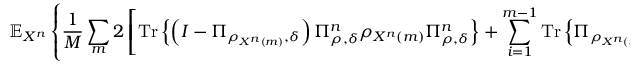
\mathbb { E } _ { X ^ { n } } \left\{ { \frac { 1 } { M } } \sum _ { m } 2 \left[ { \mathrm { T r } } \left\{ \left( I - \Pi _ { \rho _ { X ^ { n } \left( m \right) } , \delta } \right) \Pi _ { \rho , \delta } ^ { n } \rho _ { X ^ { n } \left( m \right) } \Pi _ { \rho , \delta } ^ { n } \right\} + \sum _ { i = 1 } ^ { m - 1 } { \mathrm { T r } } \left\{ \Pi _ { \rho _ { X ^ { n } \left( i \right) } , \delta } \Pi _ { \rho , \delta } ^ { n } \rho _ { X ^ { n } \left( m \right) } \Pi _ { \rho , \delta } ^ { n } \right\} \right] ^ { 1 / 2 } \right\} .